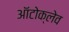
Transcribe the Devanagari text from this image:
ऑटोक्‍लेव